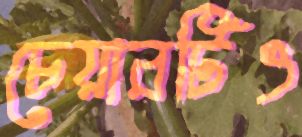
চেয়ারটিও